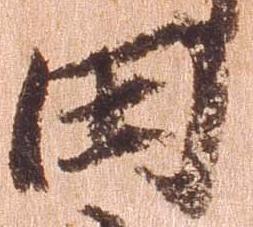
田